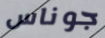
جوناس